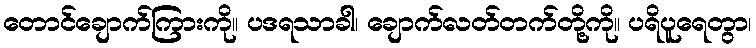
တောင်ချောက်ကြားကို။ ပဒရသာခါ၊ ချောက်လတ်တက်တို့ကို။ ပရိပူရေတွာ၊